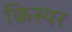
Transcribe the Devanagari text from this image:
क्रिस्पर